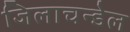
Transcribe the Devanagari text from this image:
जिलाचन्डेल